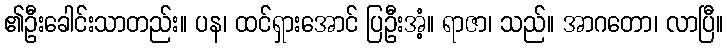
၏ဦးခေါင်းသာတည်း။ ပန၊ ထင်ရှားအောင် ပြဦးအံ့။ ရာဇာ၊ သည်။ အာဂတော၊ လာပြီ။